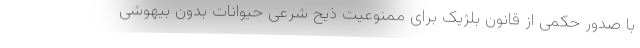
با صدور حکمی از قانون بلژیک برای ممنوعیت ذیح شرعی حیوانات بدون بیهوشی